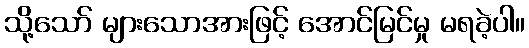
သို့သော် များသောအားဖြင့် အောင်မြင်မှု မရခဲ့ပါ။